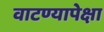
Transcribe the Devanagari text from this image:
वाटण्यापेक्षा